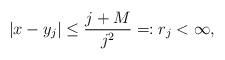
LaTeX: \begin{align*}|x-y_j| \le \frac{j+M}{j^2} =: r_j < \infty,\end{align*}